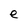
Character: e